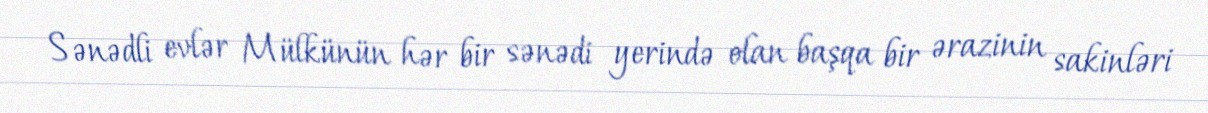
Sənədli evlər Mülkünün hər bir sənədi yerində olan başqa bir ərazinin sakinləri